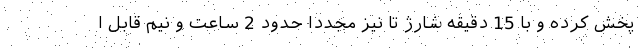
پخش کرده و با 15 دقیقه شارژ تا نیز مجددا حدود 2 ساعت و نیم قابل ا